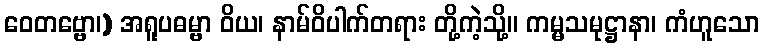
ဝေတဗ္ဗော၊) အရူပဓမ္ဗာ ဝိယ၊ နာမ်ဝိပါက်တရား တို့ကဲ့သို့။ ကမ္မသမုဋ္ဌာနာ၊ ကံဟူသော